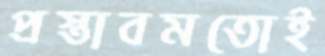
প্রস্তাবমতোই